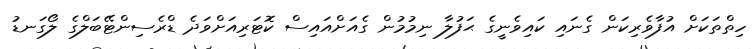
ހިތްތަކަށް އުފާވެރިކަން ގެނައި ކައިވެނީގެ ޙަފުލާ ނިމުުމުން ގެއަށްއައިސް ކޮޓަަރިއަށްވަދެ ޑްރެސިންޓޭބަލްގެ ލޯގަނޑު